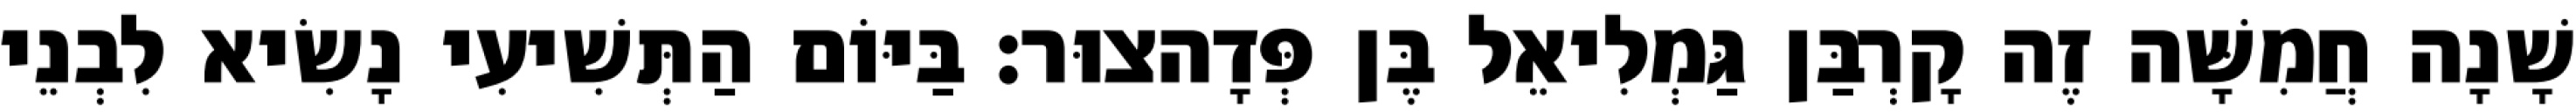
שָׁנָה חֲמִשָּׁה זֶה קָרְבַּן גַּמְלִיאֵל בֶּן פְּדָהצוּר׃ בַּיּוֹם הַתְּשִׁיעִי נָשִׂיא לִבְנֵי